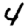
Digit: 4